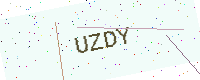
Text: UZDY